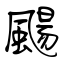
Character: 颺